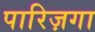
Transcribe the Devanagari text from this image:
पारिज़गा